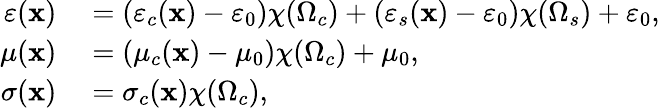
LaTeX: \begin{array}{rl}{\varepsilon(\mathbf{x})}&{{}=(\varepsilon_{c}(\mathbf{x})-\varepsilon_{0})\chi(\Omega_{c})+(\varepsilon_{s}(\mathbf{x})-\varepsilon_{0})\chi(\Omega_{s})+\varepsilon_{0},}\\ {\mu(\mathbf{x})}&{{}=(\mu_{c}(\mathbf{x})-\mu_{0})\chi(\Omega_{c})+\mu_{0},}\\ {\sigma(\mathbf{x})}&{{}=\sigma_{c}(\mathbf{x})\chi(\Omega_{c}),}\end{array}